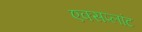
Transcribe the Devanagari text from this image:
एक्सप्लांट